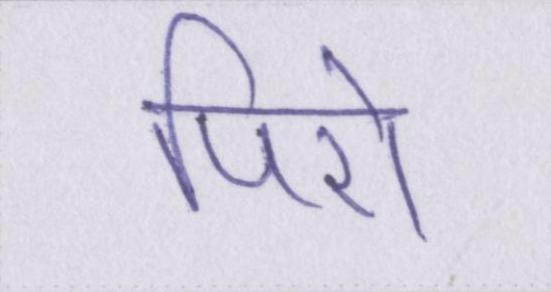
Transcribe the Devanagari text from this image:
पिरो